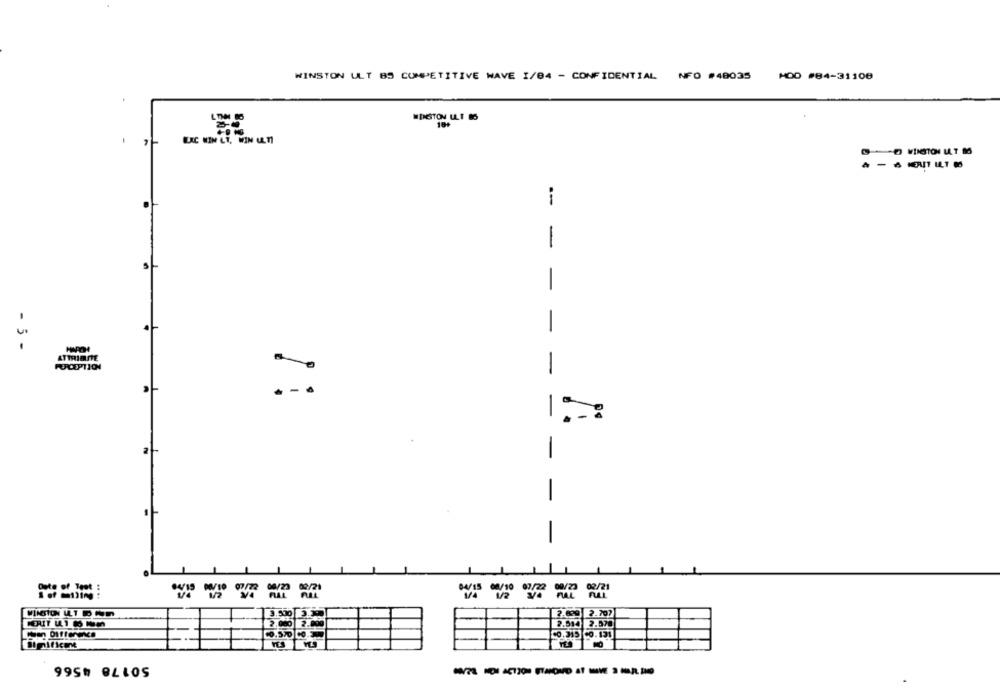
WINSTON ULT BS COMPETITIVE WAVE 1/04 - CONFIDENTIAL NFO #48035 H00 #84-31108
-
- -
-
- 5 -
ATTRIBUITE
PERCEPTION
-
1
-
-
-
-
WINSTON ULT ATI
3.500 3.3
2.99 2.707
2.000 2.000
2.514 2.570
50178 4566